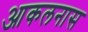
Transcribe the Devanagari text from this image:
आकलनास